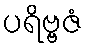
ပရိဗ္ဗဇံ